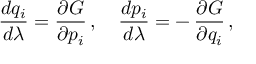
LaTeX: { \frac { d q _ { i } } { d \lambda } } = { \frac { \partial G } { \partial p _ { i } } } \, , \quad { \frac { d p _ { i } } { d \lambda } } = - \, { \frac { \partial G } { \partial q _ { i } } } \, ,